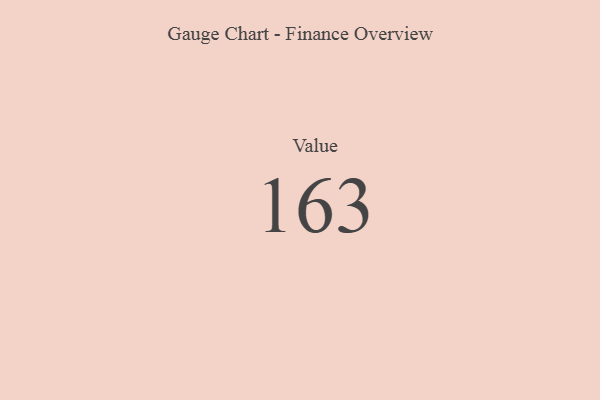
{"axis": {"x": "Metric", "y": "Value"}, "legend": [""], "data": [{"x": "Value", "y": 163, "type": ""}]}